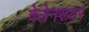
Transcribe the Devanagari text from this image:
वेलेनरूदर